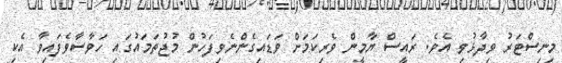
މިނިސްޓަރު ވިދާޅުވި އެވެ. ރައީސް ޔާމީން ވެރިކަމަށް ވަޑައިގެންނެވިފަހުން މުޖުތަމައުގައި ހަވާސާވެފައިވާ އެކި